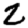
Digit: 2